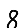
Digit: 8